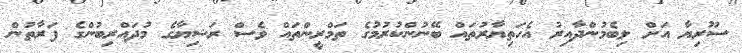
ސޫރިޔާ އަށް ލިބެމުންދާއިރު އެހަތިޔާރުތައް ބޭނުންކުރުމުގެ ތަމްރީންތައް ވެސް ރަޝިޔާގެ މުދައްރިބުންގެ ފަރާތުން